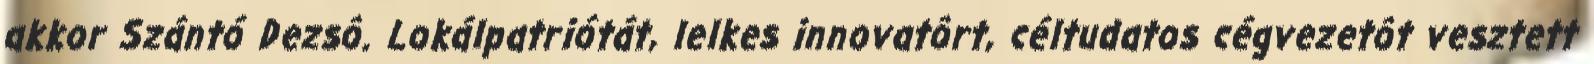
akkor Szántó Dezsô. Lokálpatriótát, lelkes innovatôrt, céltudatos cégvezetôt vesztett